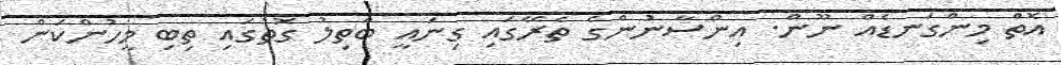
އޮތް މިންގަނޑެއް ނޫން. އިންސާނުންގެ ތެރޭގައި ގިނައީ ބާތިލު ގޮތުގައި ތިބި މީހުންކަން